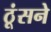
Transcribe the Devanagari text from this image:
ठूंसने